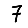
Digit: 7